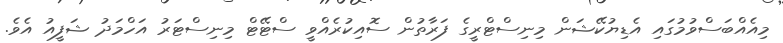
މިއެއްބަސްވުމުގައި އެޑިޔުކޭޝަން މިނިސްޓްރީގެ ފަރާތުން ސޮއިކުރެއްވީ ސްޓޭޓް މިނިސްޓަރު އަހްމަދު ޝަފީއު އެވެ.